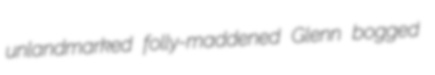
unlandmarked folly-maddened Glenn bogged